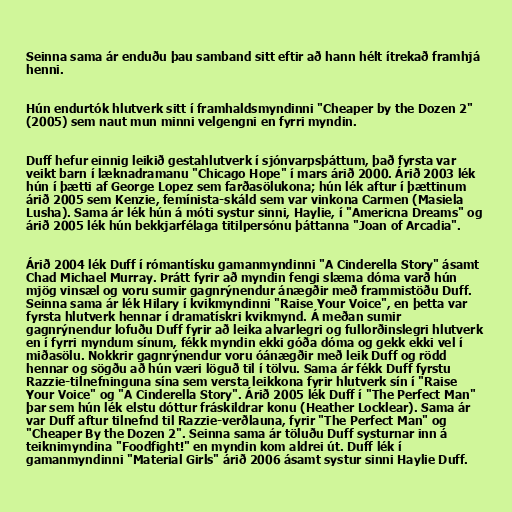
Seinna sama ár enduðu þau samband sitt eftir að hann hélt ítrekað framhjá
henni.

Hún endurtók hlutverk sitt í framhaldsmyndinni "Cheaper by the Dozen 2"
(2005) sem naut mun minni velgengni en fyrri myndin.

Duff hefur einnig leikið gestahlutverk í sjónvarpsþáttum, það fyrsta var
veikt barn í læknadramanu "Chicago Hope" í mars árið 2000. Árið 2003 lék
hún í þætti af George Lopez sem farðasölukona; hún lék aftur í þættinum
árið 2005 sem Kenzie, femínista-skáld sem var vinkona Carmen (Masiela
Lusha). Sama ár lék hún á móti systur sinni, Haylie, í "Americna Dreams" og
árið 2005 lék hún bekkjarfélaga titilpersónu þáttanna "Joan of Arcadia".

Árið 2004 lék Duff í rómantísku gamanmyndinni "A Cinderella Story" ásamt
Chad Michael Murray. Þrátt fyrir að myndin fengi slæma dóma varð hún
mjög vinsæl og voru sumir gagnrýnendur ánægðir með frammistöðu Duff.
Seinna sama ár lék Hilary í kvikmyndinni "Raise Your Voice", en þetta var
fyrsta hlutverk hennar í dramatískri kvikmynd. Á meðan sumir
gagnrýnendur lofuðu Duff fyrir að leika alvarlegri og fullorðinslegri hlutverk
en í fyrri myndum sínum, fékk myndin ekki góða dóma og gekk ekki vel í
miðasölu. Nokkrir gagnrýnendur voru óánægðir með leik Duff og rödd
hennar og sögðu að hún væri löguð til í tölvu. Sama ár fékk Duff fyrstu
Razzie-tilnefninguna sína sem versta leikkona fyrir hlutverk sín í "Raise
Your Voice" og "A Cinderella Story". Árið 2005 lék Duff í "The Perfect Man"
þar sem hún lék elstu dóttur fráskildrar konu (Heather Locklear). Sama ár
var Duff aftur tilnefnd til Razzie-verðlauna, fyrir "The Perfect Man" og
"Cheaper By the Dozen 2". Seinna sama ár töluðu Duff systurnar inn á
teiknimyndina "Foodfight!" en myndin kom aldrei út. Duff lék í
gamanmyndinni "Material Girls" árið 2006 ásamt systur sinni Haylie Duff.